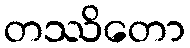
တဿိတော